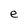
Character: e